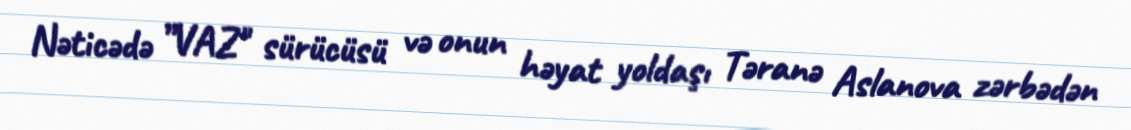
Nəticədə ”VAZ" sürücüsü və onun həyat yoldaşı Təranə Aslanova zərbədən